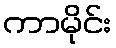
ကာမိုင်း